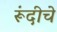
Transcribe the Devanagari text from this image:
रूंदीचे